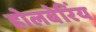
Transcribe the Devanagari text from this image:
होलबेरिंय